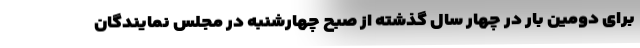
برای دومین بار در چهار سال گذشته از صبح چهارشنبه در مجلس نمایندگان